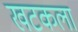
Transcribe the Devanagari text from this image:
खटकला